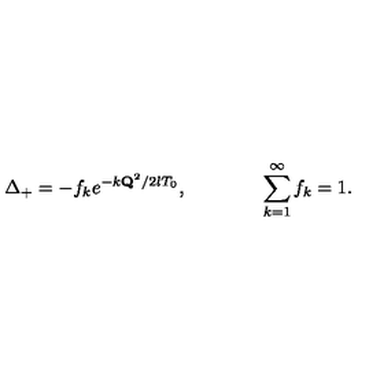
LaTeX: \Delta _ { + } = - f _ { k } e ^ { - k { \bf Q } ^ { 2 } / 2 l T _ { 0 } } , \qquad \qquad \sum _ { k = 1 } ^ { \infty } f _ { k } = 1 .